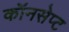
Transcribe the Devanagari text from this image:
कॉनसेप्ट